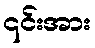
၎င်းအား